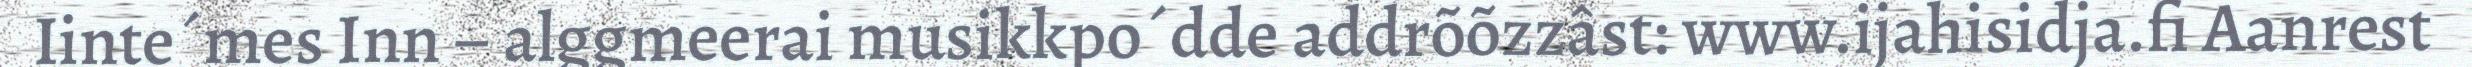
Iinte´mes Inn – alggmeerai musikkpo´dde addrõõzzâst: www.ijahisidja.fi Aanrest